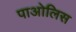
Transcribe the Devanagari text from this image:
पाओलिस